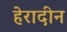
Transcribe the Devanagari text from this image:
हेरादीन